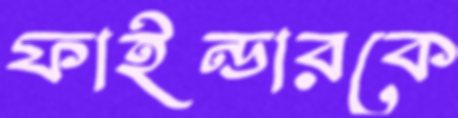
ফাইন্ডারকে